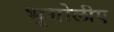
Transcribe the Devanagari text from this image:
भूगोलीए